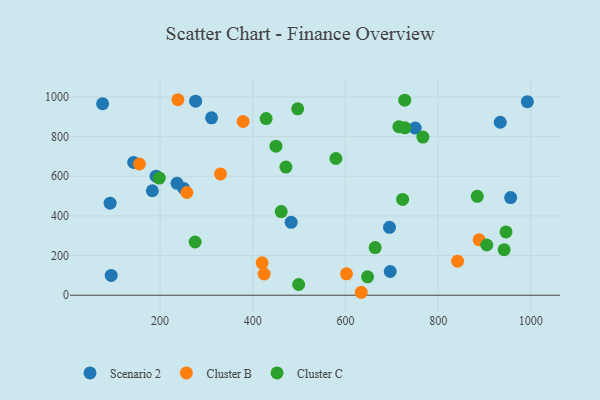
{"axis": {"x": "Engine Size", "y": "Exam Score"}, "legend": ["Cluster B", "Cluster C", "Scenario 2"], "data": [{"x": "696.6", "y": 119.6, "type": "Scenario 2"}, {"x": "750.4", "y": 843.3, "type": "Scenario 2"}, {"x": "956.4", "y": 492.7, "type": "Scenario 2"}, {"x": "311.1", "y": 894.8, "type": "Scenario 2"}, {"x": "92.1", "y": 464.1, "type": "Scenario 2"}, {"x": "143.0", "y": 669.8, "type": "Scenario 2"}, {"x": "94.5", "y": 99.8, "type": "Scenario 2"}, {"x": "251.2", "y": 538.4, "type": "Scenario 2"}, {"x": "276.7", "y": 978.6, "type": "Scenario 2"}, {"x": "76.0", "y": 965.7, "type": "Scenario 2"}, {"x": "191.3", "y": 600.7, "type": "Scenario 2"}, {"x": "183.3", "y": 527.1, "type": "Scenario 2"}, {"x": "482.8", "y": 367.5, "type": "Scenario 2"}, {"x": "992.5", "y": 976.1, "type": "Scenario 2"}, {"x": "934.0", "y": 872.6, "type": "Scenario 2"}, {"x": "695.0", "y": 342.4, "type": "Scenario 2"}, {"x": "236.6", "y": 564.4, "type": "Scenario 2"}, {"x": "841.9", "y": 171.6, "type": "Cluster B"}, {"x": "238.4", "y": 986.1, "type": "Cluster B"}, {"x": "424.5", "y": 107.1, "type": "Cluster B"}, {"x": "330.4", "y": 611.9, "type": "Cluster B"}, {"x": "602.2", "y": 107.9, "type": "Cluster B"}, {"x": "420.1", "y": 163.4, "type": "Cluster B"}, {"x": "379.1", "y": 876.3, "type": "Cluster B"}, {"x": "257.8", "y": 518.1, "type": "Cluster B"}, {"x": "155.4", "y": 662.0, "type": "Cluster B"}, {"x": "634.0", "y": 14.9, "type": "Cluster B"}, {"x": "888.4", "y": 279.7, "type": "Cluster B"}, {"x": "728.1", "y": 844.4, "type": "Cluster C"}, {"x": "579.4", "y": 689.6, "type": "Cluster C"}, {"x": "946.4", "y": 319.5, "type": "Cluster C"}, {"x": "664.1", "y": 240.6, "type": "Cluster C"}, {"x": "723.3", "y": 483.0, "type": "Cluster C"}, {"x": "767.0", "y": 797.5, "type": "Cluster C"}, {"x": "884.4", "y": 498.8, "type": "Cluster C"}, {"x": "942.3", "y": 229.6, "type": "Cluster C"}, {"x": "275.6", "y": 268.5, "type": "Cluster C"}, {"x": "496.9", "y": 940.0, "type": "Cluster C"}, {"x": "904.9", "y": 253.3, "type": "Cluster C"}, {"x": "471.5", "y": 646.6, "type": "Cluster C"}, {"x": "727.9", "y": 984.0, "type": "Cluster C"}, {"x": "198.2", "y": 591.0, "type": "Cluster C"}, {"x": "428.8", "y": 890.8, "type": "Cluster C"}, {"x": "647.7", "y": 92.6, "type": "Cluster C"}, {"x": "715.3", "y": 850.2, "type": "Cluster C"}, {"x": "499.0", "y": 54.2, "type": "Cluster C"}, {"x": "450.0", "y": 751.8, "type": "Cluster C"}, {"x": "461.3", "y": 422.0, "type": "Cluster C"}]}